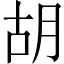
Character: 胡